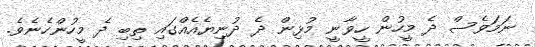
ނަމަވެސް ދެ މީހުން ހީވާނީ މުޅިން ދެ ދުނިޔެއެއްގައި ތިބި ދެ މީހުންހެނެވެ.